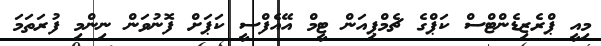
މިއީ ޕްރެޒިޑެންޓްސް ކަޕްގެ ޗެމްޕިއަން ޓީމް އޭއެފްސީ ކަޕަށް ފޮނުވަން ނިންމި ފުރަތަމަ